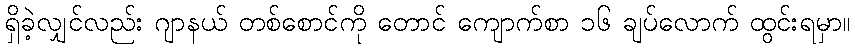
ရှိခဲ့လျှင်လည်း ဂျာနယ် တစ်စောင်ကို တောင် ကျောက်စာ ၁၆ ချပ်လောက် ထွင်းရမှာ။